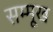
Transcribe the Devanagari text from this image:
सम्मूख